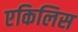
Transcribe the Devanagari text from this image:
एकिलिस